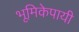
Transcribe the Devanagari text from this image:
भूमिकेपायी